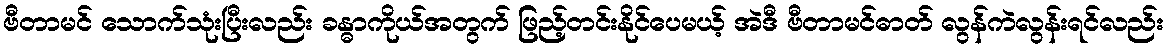
ဗီတာမင် သောက်သုံးပြီးလည်း ခန္ဓာကိုယ်အတွက် ဖြည့်တင်းနိုင်ပေမယ့် အဲဒီ ဗီတာမင်ဓာတ် လွန်ကဲလွန်းရင်လည်း